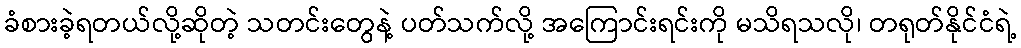
ခံစားခဲ့ရတယ်လို့ဆိုတဲ့ သတင်းတွေနဲ့ ပတ်သက်လို့ အကြောင်းရင်းကို မသိရသလို၊ တရုတ်နိုင်ငံရဲ့